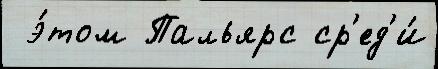
 э́том Пальярс ср'ед'и́